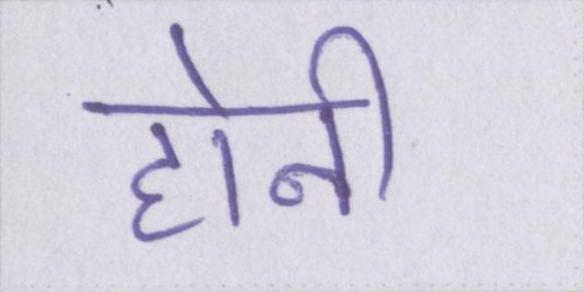
होनी